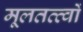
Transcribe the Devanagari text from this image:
मूलतत्त्वों